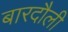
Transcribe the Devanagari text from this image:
बारदौली